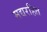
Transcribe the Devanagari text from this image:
मद्यरहित